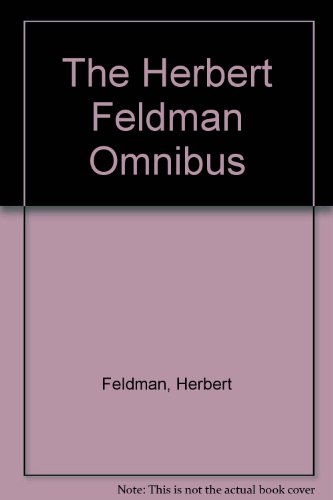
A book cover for The Herbert Feldman Omnibus; Herbert Feldman; History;